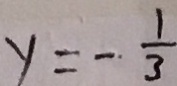
y = - \frac { 1 } { 3 }